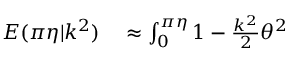
\begin{array} { r l } { E ( \pi \eta | k ^ { 2 } ) } & { { } \approx \int _ { 0 } ^ { \pi \eta } 1 - \frac { k ^ { 2 } } { 2 } \theta ^ { 2 } } \end{array}